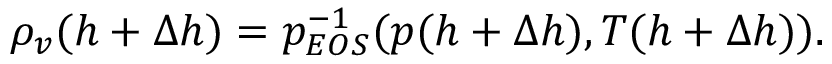
\rho _ { v } ( h + \Delta h ) = p _ { E O S } ^ { - 1 } ( p ( h + \Delta h ) , T ( h + \Delta h ) ) .